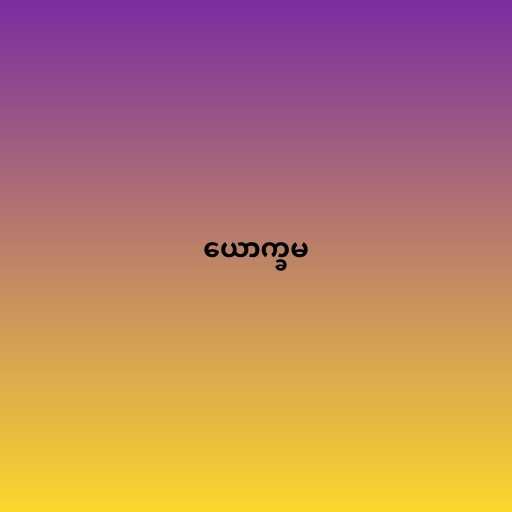
ယောက္ခမ